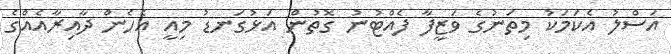
އަސްލު އެކަމަކު މިތަނުގެ ވަޒީފާ ފެއްޓުނު ގޮތުން އަޅުގަނޑު މިއީ އެެހެން ދާއިރާއެއްގެ